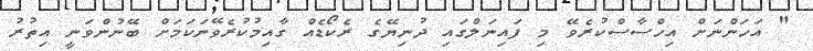
" އަހަންނަށް އިހްސާސްކުރެވޭ މި ފައިނަލްގައި ދުނިޔޭގެ ރެކޯޑެއް ގާއިމުކުރެވޭނަކަމަށް ބޭނުންވަނީ އިތުރު